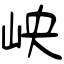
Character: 岟